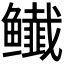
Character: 𬶸